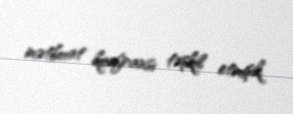
mətbuat konfransı təşkil etmişik.